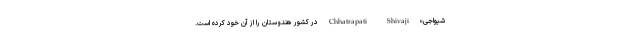
شیواجی» Chhatrapati Shivaji در کشور هندوستان را از آن خود کرده است.